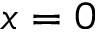
x = 0